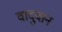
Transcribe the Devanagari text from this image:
वादुवान